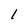
Character: 1